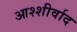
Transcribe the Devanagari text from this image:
आश्शीर्वाद